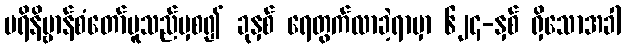
ပရိနိဗ္ဗာန်စံတော်မူသည်မှစ၍ ခုနှစ် ရေတွက်လာခဲ့ရာမှာ ၆၂၄-နှစ် ရှိသောအခါ